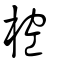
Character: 䅝